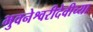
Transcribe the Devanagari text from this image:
भुवनेश्वरीदेवीच्या